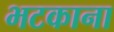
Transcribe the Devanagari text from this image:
भटकाना